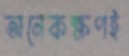
অনেকক্ষণই